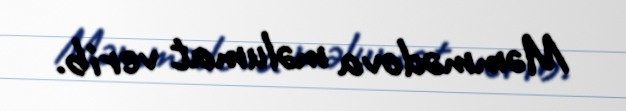
Məmmədova məlumat verib.